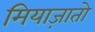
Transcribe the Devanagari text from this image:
मियाज़ातो